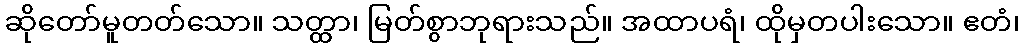
ဆိုတော်မူတတ်သော။ သတ္ထာ၊ မြတ်စွာဘုရားသည်။ အထာပရံ၊ ထိုမှတပါးသော။ ဧတံ၊